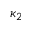
\kappa _ { 2 }